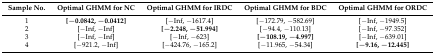
<table><thead><tr><td><b>Sample No.</b></td><td><b>Optimal GHMM for NC</b></td><td><b>Optimal GHMM for IRDC</b></td><td><b>Optimal GHMM for BDC</b></td><td><b>Optimal GHMM for ORDC</b></td></tr></thead><tbody><tr><td>1</td><td><b>[−0.0842, −0.0412]</b></td><td>[−Inf, −1617.4]</td><td>[−172.79, −582.69]</td><td>[−Inf, −1949.5]</td></tr><tr><td>2</td><td>[−Inf, −Inf]</td><td><b>[−2.248, −51.994]</b></td><td>[−94.4, −110.13]</td><td>[−Inf, −97.352]</td></tr><tr><td>3</td><td>[−Inf, −Inf]</td><td>[−Inf, −623]</td><td><b>[−108.19, −4.997]</b></td><td>[−Inf, −639.01]</td></tr><tr><td>4</td><td>[−921.2, −Inf]</td><td>[−424.76, −165.2]</td><td>[−11.965, −54.34]</td><td><b>[−9.16, −12.445]</b></td></tr></tbody></table>